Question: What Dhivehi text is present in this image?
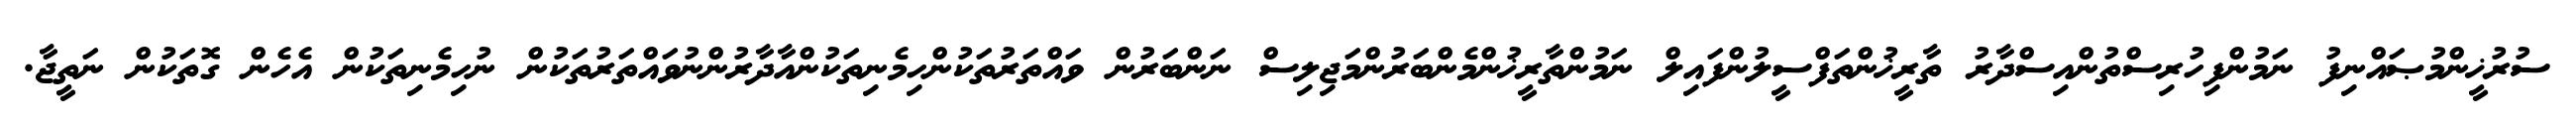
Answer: ސުރުޚީންމުޞައްނިފު ނަމުންފިހުރިސްތުންއިސްދާރު ތާރީޚުންތަފްސީލުންފައިލް ނަމުންތާރީޚުންމެންބަރުންމަޖިލިސް ނަންބަރުން ވައްތަރުތަކުންހިމެނިތަކުންއާދާރުންނުވައްތަރުތަކުން ނުހިމެނިތަކުން އެހެން ގޮތަކުން ނަތީޖާ.